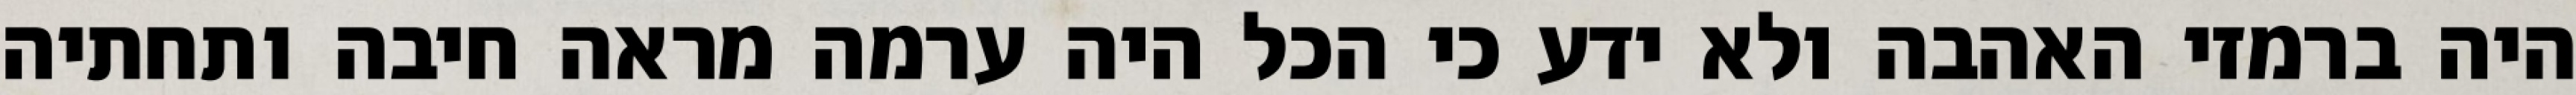
היה ברמזי האהבה ולא ידע כי הכל היה ערמה מראה חיבה ותחתיה